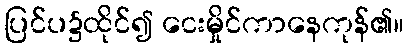
ပြင်ပ၌ထိုင်၍ ငေးမှိုင်ကာနေကုန်၏။